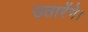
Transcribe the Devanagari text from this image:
उतारेंगे।